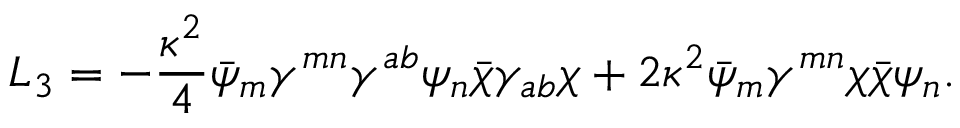
{ \cal L } _ { 3 } = - \frac { \kappa ^ { 2 } } { 4 } \bar { \psi } _ { m } \gamma ^ { m n } \gamma ^ { a b } \psi _ { n } \bar { \chi } \gamma _ { a b } \chi + 2 \kappa ^ { 2 } \bar { \psi } _ { m } \gamma ^ { m n } \chi \bar { \chi } \psi _ { n } .